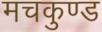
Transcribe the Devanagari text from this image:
मचकुण्ड